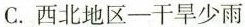
C. 西北地区——干旱少雨